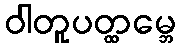
ဝါတူပတ္ထမ္ဘေ